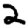
Digit: 2